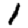
Digit: 1